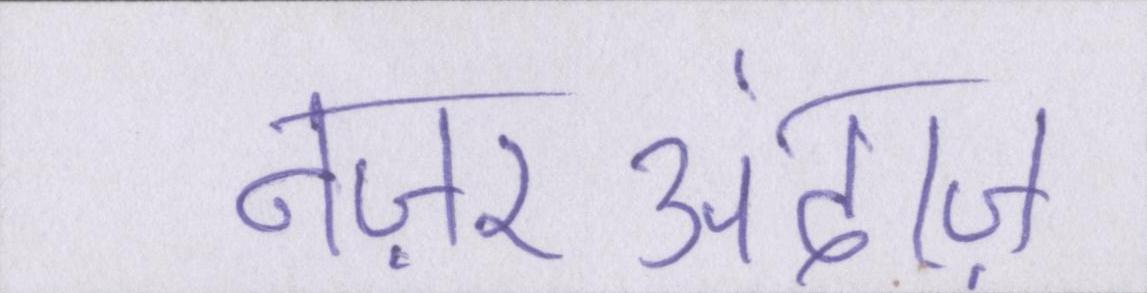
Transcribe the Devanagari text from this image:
नज़रअंदाज़